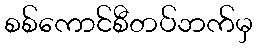
စစ်ကောင်စီတပ်ဘက်မှ